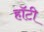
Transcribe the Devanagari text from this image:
हॉटी